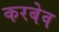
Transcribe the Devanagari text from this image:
करबेव